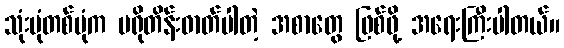
သုံးပုံတစ်ပုံက ပရိုတိန်းဓာတ်ပါတဲ့ အစာတွေ ဖြစ်ဖို့ အရေးကြီးပါတယ်။